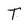
Character: T